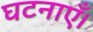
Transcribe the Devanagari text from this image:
घटनाएँ।